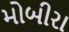
મોબીરા